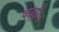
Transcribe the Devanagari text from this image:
कल्लौल